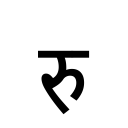
OCR:
रु